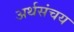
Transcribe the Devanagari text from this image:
अर्थसंचय